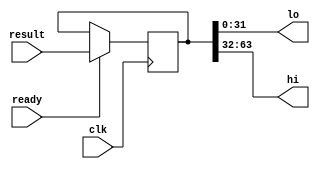
`timescale 1ns / 1ps
//////////////////////////////////////////////////////////////////////////////////
// Version:     2.21 8:15
// Reviewer:
// Review Date:
//////////////////////////////////////////////////////////////////////////////////

// LO / HI special registers as individual multiplier / divider output
//
// LHSpecialRegisters stores @result into @lo and @hi on @ready at @clk rising edge
// on @ready.
module LHSpecialRegisters
#(
    parameter   DATA_BITS   = 32
)(
    input   wire                            clk,
    input   wire    [DATA_BITS * 2 - 1:0]   result,     // calculated result
    input   wire                            ready,      // is `result` ready ?
    output  wire    [DATA_BITS - 1:0]       lo,
    output  wire    [DATA_BITS - 1:0]       hi
);

reg     [DATA_BITS * 2 - 1:0]   hi_lo;

always @ (posedge clk) begin
    if (ready) begin
        hi_lo <= result;
    end
end

assign  lo = hi_lo[DATA_BITS - 1:0];
assign  hi = hi_lo[DATA_BITS * 2 - 1:DATA_BITS];

endmodule